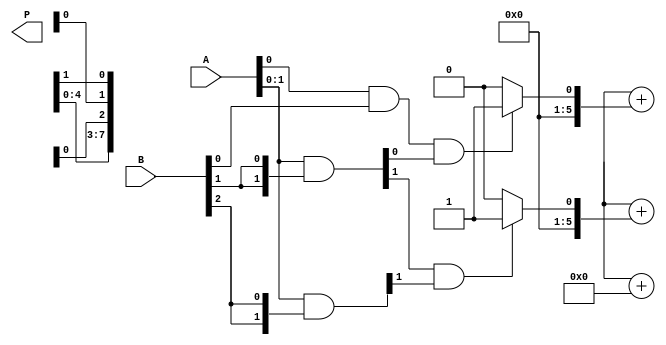
module WallaceTreeMultiplier #(parameter N = 4) (
    input  wire [N-1:0] A,
    input  wire [N-1:0] B,
    output wire [2*N-1:0] P
);

// Generate partial products
wire [N-1:0] pp[N-1:0];
genvar i, j;
generate
    for (i = 0; i < N; i = i + 1) begin: pp_gen
        assign pp[i] = A & {N{B[i]}};
    end
endgenerate

// Intermediate wires for reduction
wire [N:0] sum[N-1:0];
wire [N:0] carry[N-1:0];

// Partial product reduction (Wallace Tree structure)
generate
    for (i = 0; i < N; i = i + 1) begin: reduction
        if (i == 0) begin
            assign sum[i] = {1'b0, pp[0][i], pp[1][i]};
            assign carry[i] = 1'b0;
        end else if (i == 1) begin
            assign sum[i] = {1'b0, pp[2][i], pp[3][i]};
            assign carry[i] = pp[0][i-1] & pp[1][i-1];
        end else begin
            assign sum[i] = {1'b0, pp[i][i], pp[i+1][i]};
            assign carry[i] = pp[i-1][i-1] & pp[i][i-1];
        end
    end
endgenerate

// Final addition using full adder for the last reduction level
wire [N:0] final_sum, final_carry;

// Final addition
assign {final_carry, P[0]} = sum[N-1] + carry[N-1];

// Accumulate final results
genvar k;
generate
    for (k = 1; k < 2*N; k = k + 1) begin: final_accumulation
        if (k < N) begin
            assign {final_carry, P[k]} = final_sum + (carry[k-1] ? 1'b1 : 1'b0);
        end else begin
            assign P[k] = final_sum[k-N] + final_carry;
        end
    end
endgenerate

endmodule